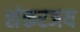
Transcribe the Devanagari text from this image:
शंकरजय